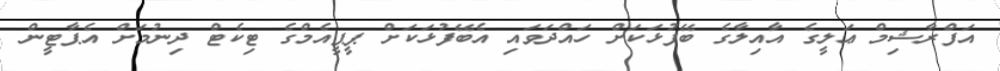
އަފްރާޝިމް ޢަލީގެ އާއިލާގެ ބޭފުޅަކަށް ހައްދަވައި އެބޭފުޅަކަށް ޕީޕީއެމްގެ ޓިކެޓް ދިނުމަށް އެޕާޓީން